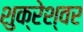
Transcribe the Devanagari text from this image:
शुक्रेश्वर